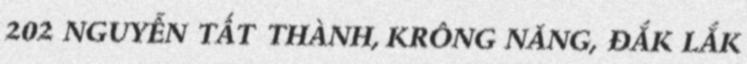
202 NGUYỄN TẤT THÀNH, KRÔNG NĂNG, ĐẮK LẮK